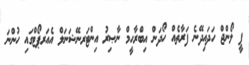
ޕީ ލޯންޖް ހަދައިދޭނެ ފަރާތެއް ހޯދަން އިބްރާހީމް ނާޞިރު އިންޓަރނޭޝަނަލް އެއަރޕޯޓްގައި ހުންނަ